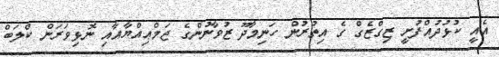
އެއީ ކުޅުދުއްފުށީ ޒިގްޒެގް ގެ އިތުރުން ހަނިމާދޫ ޒުވާނުންގެ ޖަމްޢިއްޔާއާއި ނޮޅިވަރަން ކްލަބް